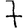
Digit: 7